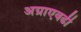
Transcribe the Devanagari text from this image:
अग्राएवढी